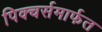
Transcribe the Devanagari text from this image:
पिक्चर्समार्फत